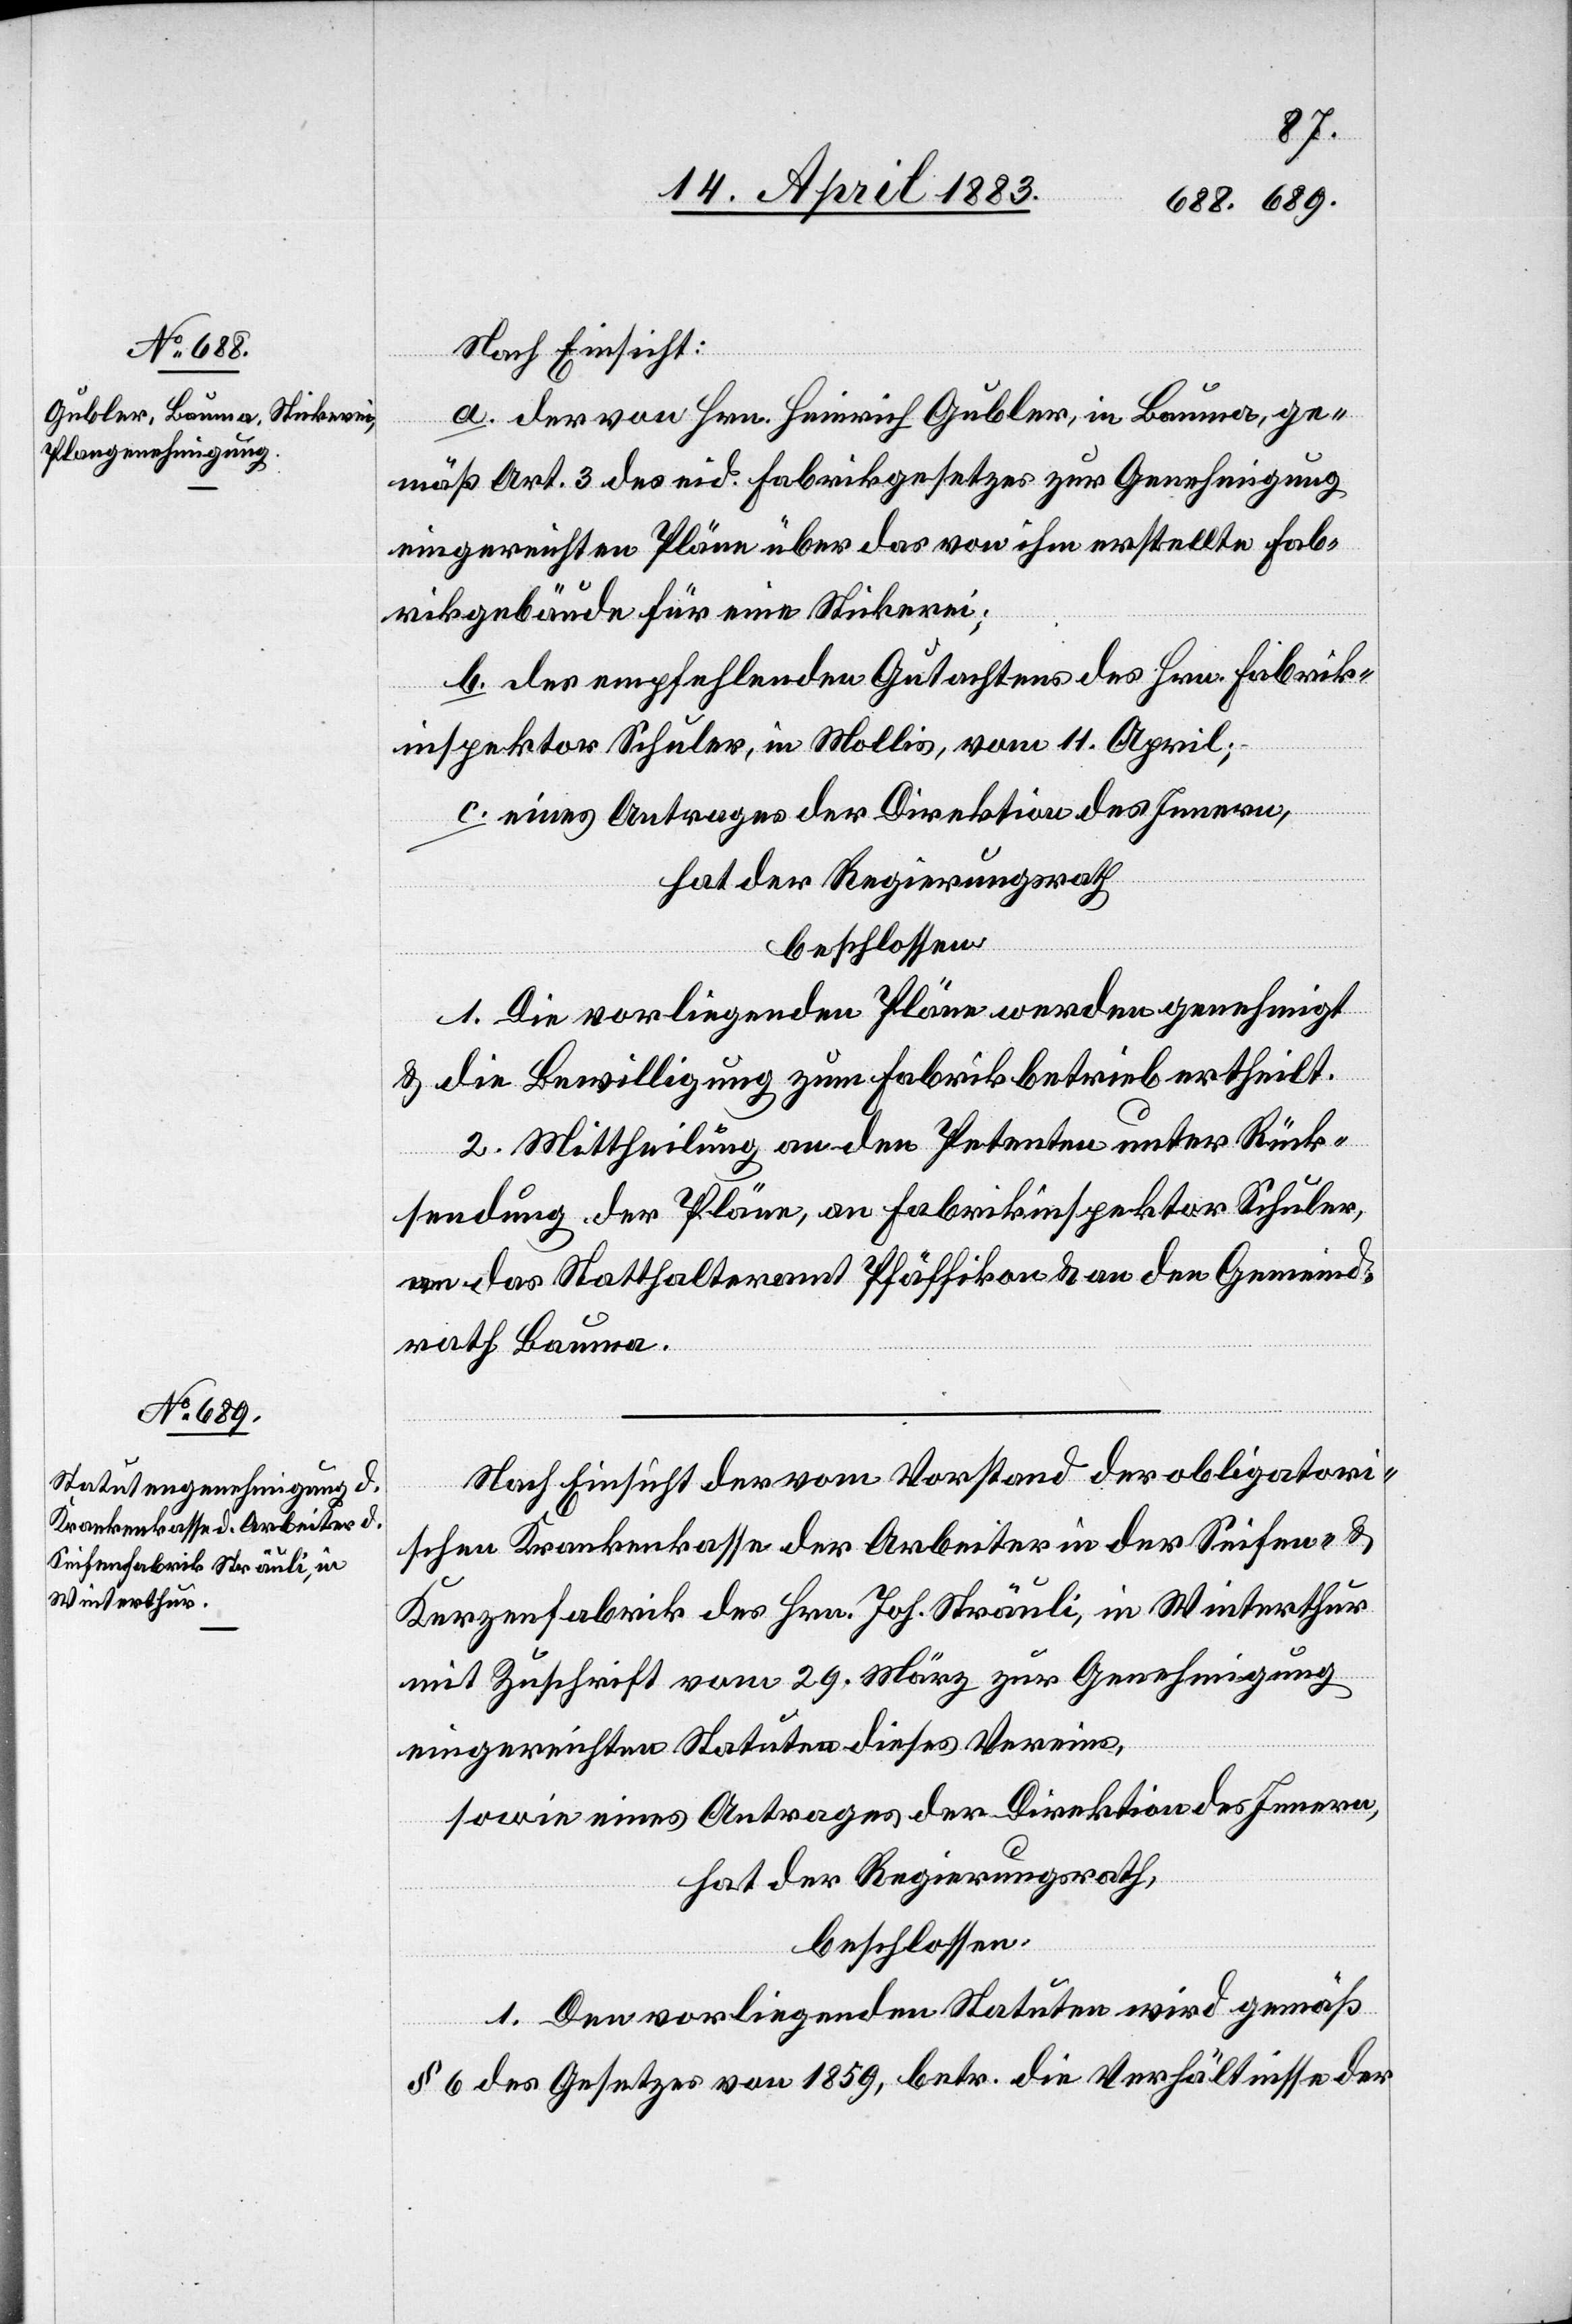
Nach Einsicht:
a. der von Hrn. Heinrich Gubler, in Bauma, ge¬
mäß Art. 3 des eid. Fabrikgesetzes zur Genehmigung
eingereichten Pläne über das von ihm erstellte Fab¬
rikgebäude für eine Stickerei;
b. des empfehlenden Gutachtens des Hrn. Fabrik¬
inspektor Schuler, in Mollis, vom 11. April;
c. eines Antrages der Direktion des Innern,
hat der Regierungsrath
beschlossen:
1. Die vorliegenden Pläne werden genehmigt
& die Bewilligung zum Fabrikbetrieb ertheilt.
2. Mittheilung an den Petenten unter Rück¬
sendung der Pläne, an Fabrikinspektor Schuler,
an das Statthalteramt Pfäffikon & an den Gemeind¬
rath Bauma.
Nach Einsicht der vom Vorstand der obligatori¬
schen Krankenkasse der Arbeiter in der Seifen- &
Kerzenfabrik des Hrn. Joh. Sträuli, in Winterthur
mit Zuschrift vom 29. März zur Genehmigung
eingereichten Statuten dieses Vereins,
sowie eines Antrages der Direktion des Innern,
hat der Regierungsrath,
beschlossen:
1. Den vorliegenden Statuten wird gemäß
§ 6 des Gesetzes von 1859, betr. die Verhältnisse der